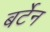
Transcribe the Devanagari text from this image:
बर्टेन